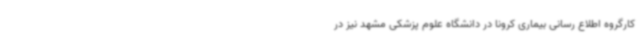
کارگروه اطلاع رسانی بیماری کرونا در دانشگاه علوم پزشکی مشهد نیز در